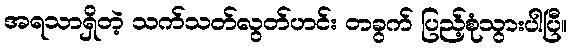
အရသာရှိတဲ့ သက်သတ်လွတ်ဟင်း တခွက် ပြည့်စုံသွားပါပြီ။